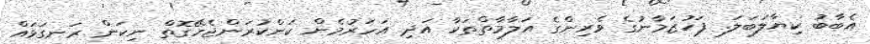
އެބާބު ކިޔާލަބަލަ. ފަހުޒަމާނުގެ ވެރިންގެ އަލާމާތްތަކާ އަދި އަހަރުމެން ކަންކުރަންޖެހޭގޮތް ނިކަން ރަނގަޅައް